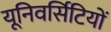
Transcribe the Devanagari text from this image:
यूनिवर्सिटियों